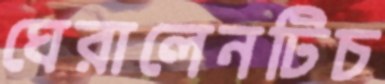
ঘেরালেনটিচ